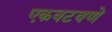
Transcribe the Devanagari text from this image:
एकवटवणे